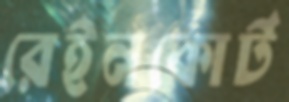
রেইনকোর্ট